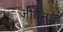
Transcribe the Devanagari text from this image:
जीवनाच